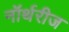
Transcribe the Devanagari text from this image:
नॉर्थरीज